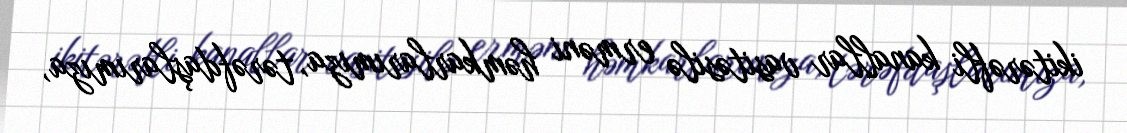
ikitərəfli kanallar vasitəsilə erməni həmkarlarımıza, tərəfdaşlarımıza,